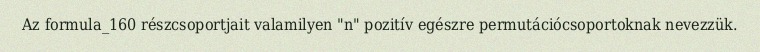
Az formula_160 részcsoportjait valamilyen "n" pozitív egészre permutációcsoportoknak nevezzük.